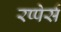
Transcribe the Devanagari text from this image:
रप्पेर्स